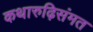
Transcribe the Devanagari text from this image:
कथारुढ़िसंमत